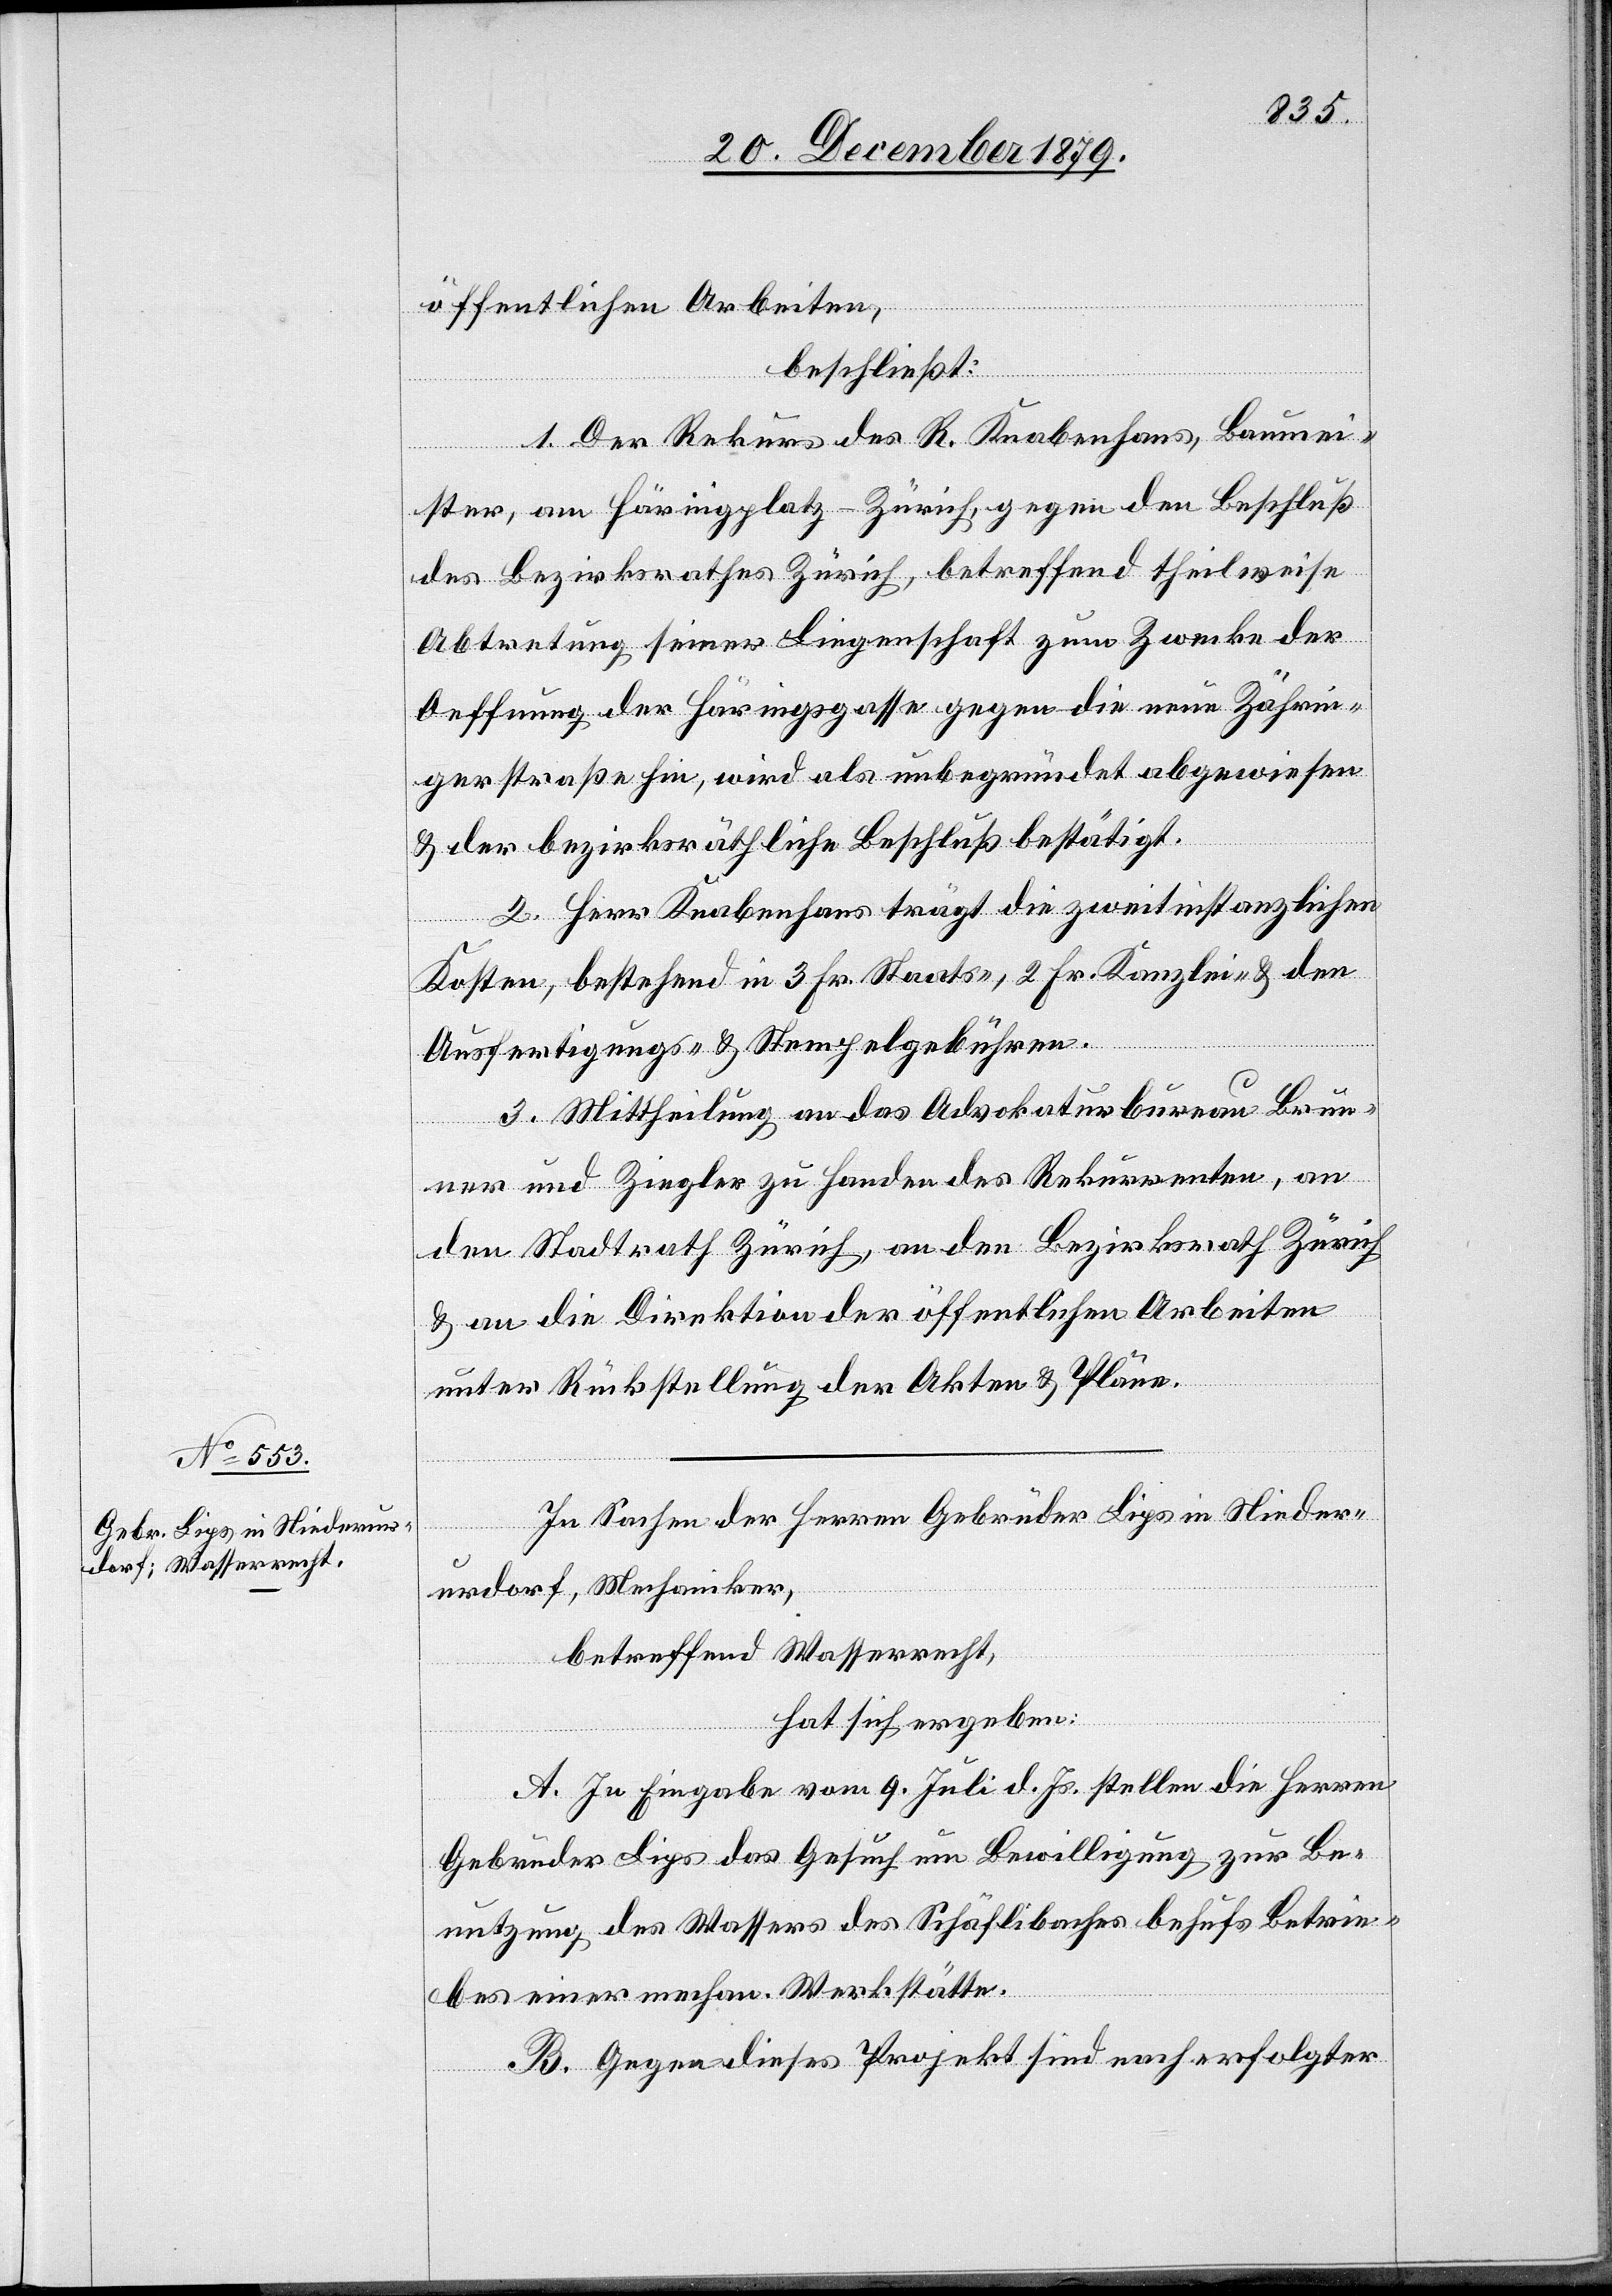
öffentlichen Arbeiten,
beschließt:
1. Der Rekurs des R. Knabenhans, Baumei¬
ster, am Häringplatz - Zürich, gegen den Beschluß
des Bezirksrathes Zürich, betreffend theilweise
Abtretung seiner Liegenschaft zum Zwecke der
Oeffnung der Häringsgasse gegen die neue Zährin¬
gerstraße hin, wird als unbegründet abgewiesen
& der bezirksrähtliche Beschluß bestätigt.
2. Herr Knabenhans trägt die zweitinstanzlichen
Kosten, bestehend in 3 Fr. Staats-, 2 Fr. Kanzlei- & den
Ausfertigungs- & Stempelgebühren.
3. Mittheilung an das Advokaturbureau Brun¬
ner und Ziegler zu Handen des Rekurrenten, an
den Stadtrath Zürich, an den Bezirksrath Zürich
& an die Direktion der öffentlichen Arbeiten
unter Rückstellung der Akten & Pläne.
In Sachen der Herren Gebrüder Lips in Nieder¬
urdorf, Mechaniker,
betreffend Wasserrecht,
hat sich ergeben:
A. In Eingabe vom 9. Juli d. Js. stellen die Herren
Gebrüder Lips das Gesuch um Bewilligung zur Be¬
nutzung des Wassers des Schäflibaches behufs Betrie¬
bes einer mechan. Werkstätte.
B. Gegen dieses Projekt sind nach erfolgter